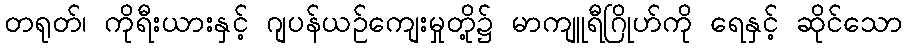
တရုတ်၊ ကိုရီးယားနှင့် ဂျပန်ယဉ်ကျေးမှုတို့၌ မာကျူရီဂြိုဟ်ကို ရေနှင့် ဆိုင်သော